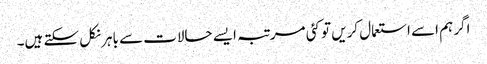
اگر ہم اسے استعمال کریں تو کئی مرتبہ ایسے حالات سے باہر نکل سکتے ہیں۔